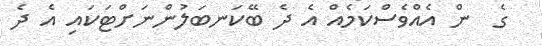
ގެ  ން އެއްވެސްކަމެއް އެ ދެ ބޭކަނބަލުންނަށްޓަކައި އެ ދެ